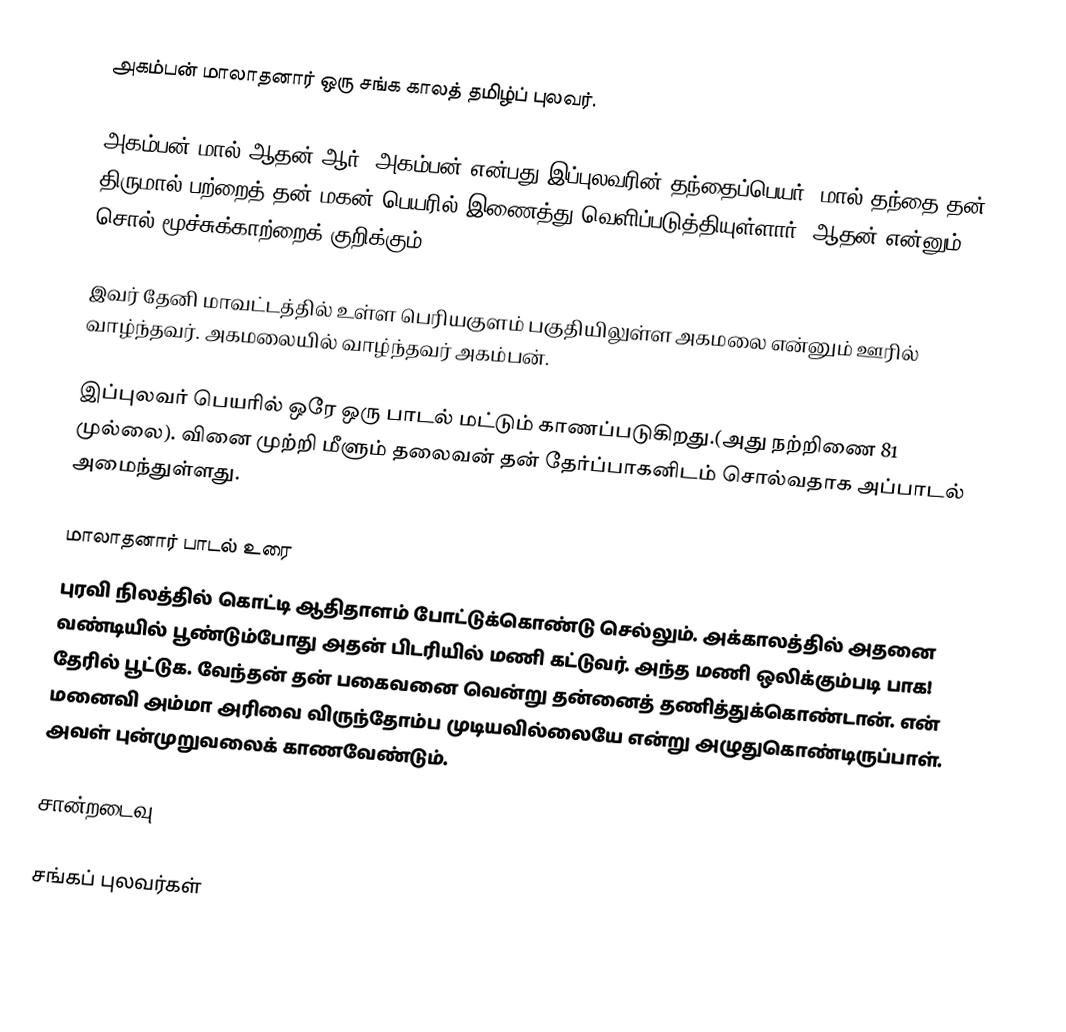
அகம்பன் மாலாதனார் ஒரு சங்க காலத் தமிழ்ப் புலவர்.

அகம்பன் மால் ஆதன் ஆர். அகம்பன் என்பது இப்புலவரின் தந்தைப்பெயர். மால் தந்தை தன் திருமால் பற்றைத் தன் மகன் பெயரில் இணைத்து வெளிப்படுத்தியுள்ளார். ஆதன் என்னும் சொல் மூச்சுக்காற்றைக் குறிக்கும்.

இவர் தேனி மாவட்டத்தில் உள்ள பெரியகுளம் பகுதியிலுள்ள அகமலை என்னும் ஊரில் வாழ்ந்தவர். அகமலையில் வாழ்ந்தவர் அகம்பன்.

இப்புலவர் பெயரில் ஒரே ஒரு பாடல் மட்டும் காணப்படுகிறது.(அது நற்றிணை 81 முல்லை). வினை முற்றி மீளும் தலைவன் தன் தேர்ப்பாகனிடம் சொல்வதாக அப்பாடல் அமைந்துள்ளது.

மாலாதனார் பாடல் உரை
புரவி நிலத்தில் கொட்டி ஆதிதாளம் போட்டுக்கொண்டு செல்லும். அக்காலத்தில் அதனை வண்டியில் பூண்டும்போது அதன் பிடரியில் மணி கட்டுவர். அந்த மணி ஒலிக்கும்படி பாக! தேரில் பூட்டுக. வேந்தன் தன் பகைவனை வென்று தன்னைத் தணித்துக்கொண்டான். என் மனைவி அம்மா அரிவை விருந்தோம்ப முடியவில்லையே என்று அழுதுகொண்டிருப்பாள். அவள் புன்முறுவலைக் காணவேண்டும்.

சான்றடைவு

சங்கப் புலவர்கள்